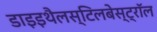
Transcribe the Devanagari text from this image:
डाइइथैलस्टिलबेस्ट्रॉल